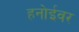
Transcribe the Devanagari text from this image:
हनोईवर